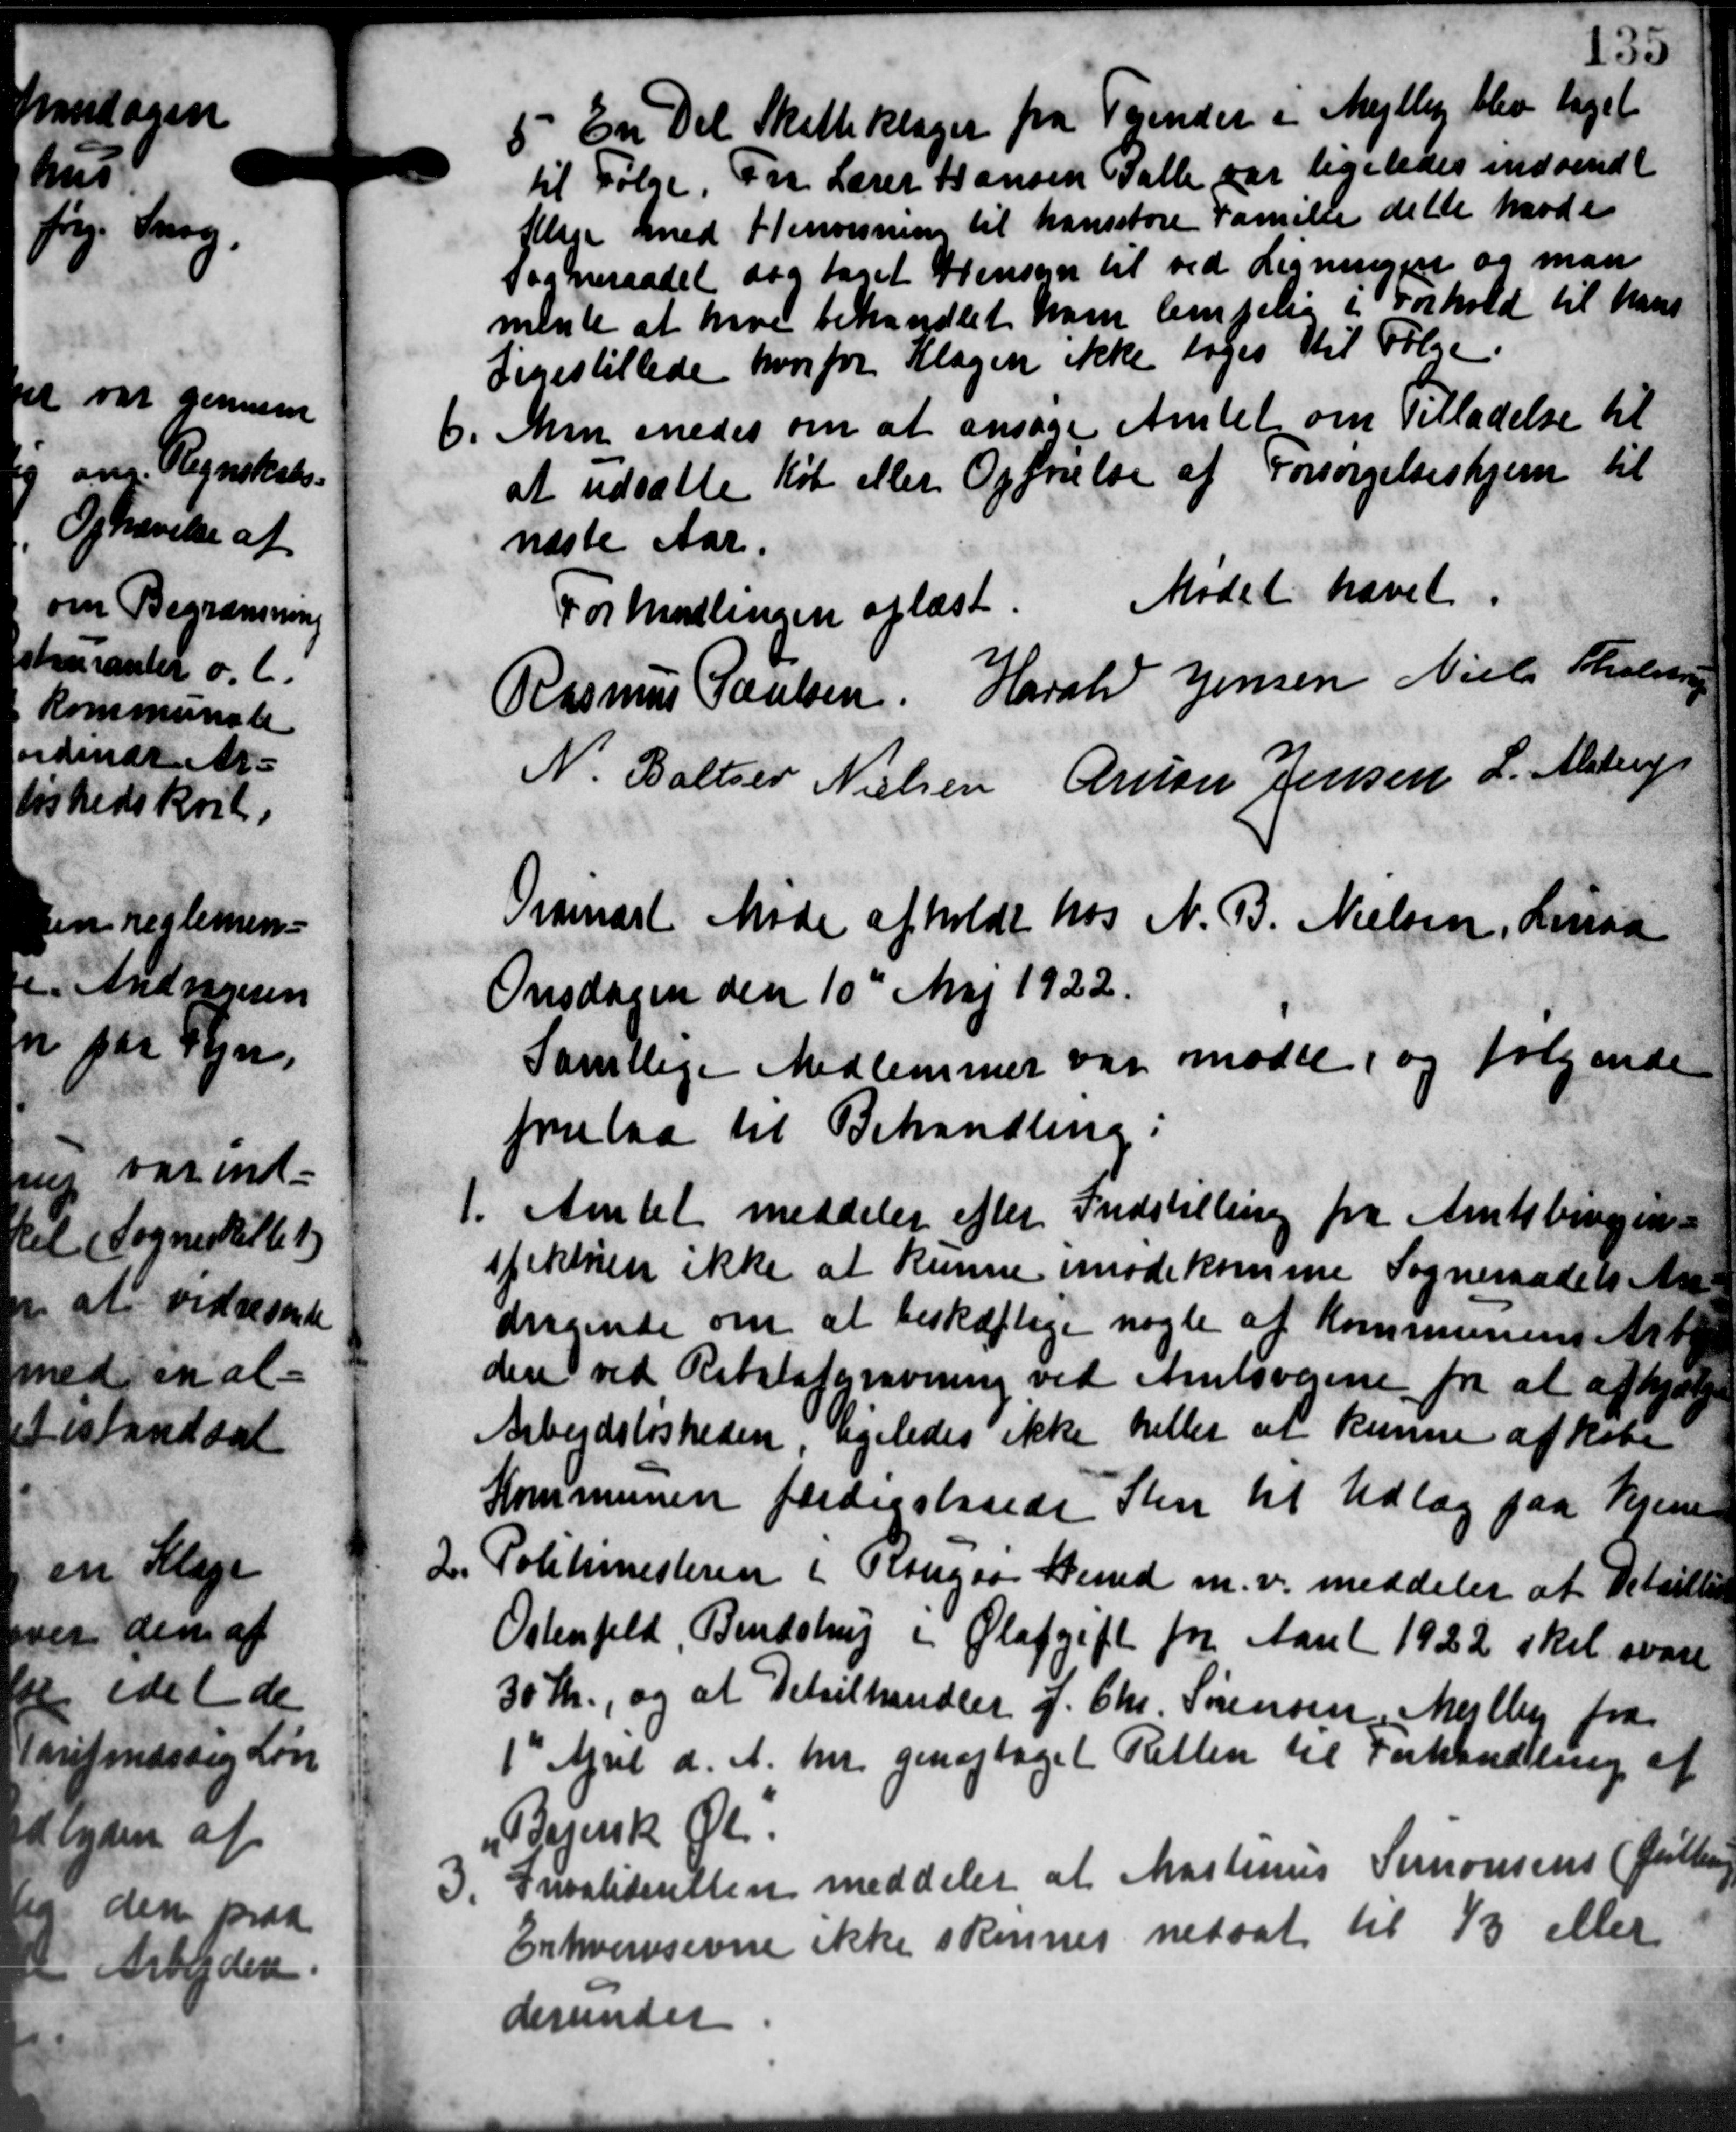
Transskription:
5. En Del Skatteklager fra Tyender i Mejlby blev taget
5. En Del Skatteklager fra Tyender i Mejlby blev taget
til Følge. Fra Lærer Hansen Palle var ligeledes indsendt
Klage med Henvisning til hansstore Famille delte havde
Sogneraadet dog taget Hensyn til ved Ligningen og man
mente at have behandlet ham lempelig i Forhold til hans
Ligestillede hvorfor Klagen ikke tages til Følge.
6. Man enedes om at ansøge Amtet om Tilladelse til
6. Man enedes om at ansøge Amtet om Tilladelse til
at udsætte Køb eller Opførelse af Forsørgelseshjem til
næste Aar.
Mødet hævet.
For Mallingen oplæst.
Rasmus Poulsen Harald Jensen Niels Tholsen
N. Baltzer Nielsen Anton Jensen L. Alstrup
Ordinært Møde afholdt hos N. B. Nielsen, Linaa
Onsdagen den 10de Maj 1922.
Samtlige Medlemmer var mødte, og følgende
forelaa til Behandling:
1. Amtet meddeler efter Indstilling fra Amtsbivejen
1. Amtet meddeler efter Indstilling fra Amtsbivejen
spektøren ikke at kunne imødekomme Sogneraadets An-
dragende om at beskæftige nogle af Kommunens Arb
dene ved Rabatafgravning ved Ansvejene fra at afhjælp
Arbejdsløsheden, ligeledes ikke heller at kunne afkøbe
Kommunen færdigslaaede Sten til Udlæg paa Hjem
2. Politimesteren i Rougaa Bened m.v. meddeler at Detailles
2. Politimesteren i Rougaa Bened m.v. meddeler at Detailles
Ostenfeld, Bendstrup i Olafgift for Aaret 1922 skal svare
30 Kr., og at Detailhandler J. Chr. Sørensen Mejlby fra
1' April d. A. her genoptaget Retten til Forhandlling af
Begersk Øl
3.
Invaliteretten meddeler at Martinus Simonsens (fortling
Erhvervsevne ikke skennes nedsat til 1/3 eller
derunder